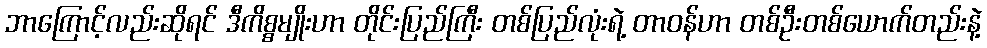
ဘာကြောင့်လည်းဆိုရင် ဒီကိစ္စမျိုးဟာ တိုင်းပြည်ကြီး တစ်ပြည်လုံးရဲ့ တာဝန်ဟာ တစ်ဦးတစ်ယောက်တည်းနဲ့